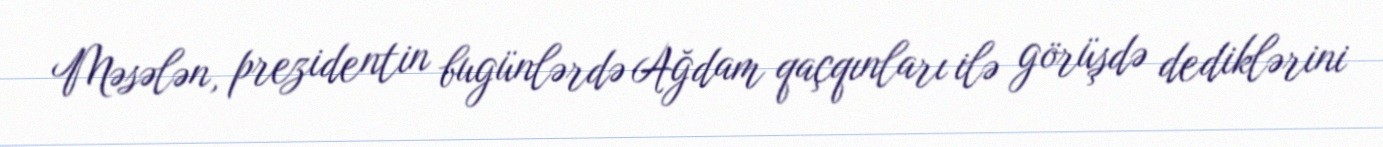
Məsələn, prezidentin bugünlərdə Ağdam qaçqınları ilə görüşdə dediklərini